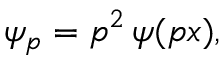
\psi _ { p } = p ^ { 2 } \, \psi ( p x ) ,